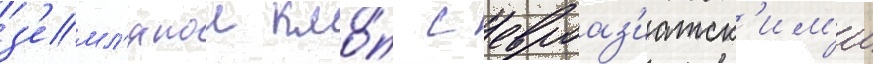
з'емл'янои кло́п с евроаз'иатск'им'и